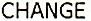
CHANGE